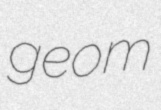
geom